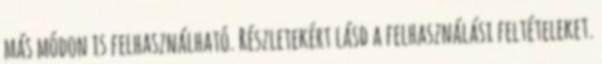
más módon is felhasználható. Részletekért lásd a felhasználási feltételeket.